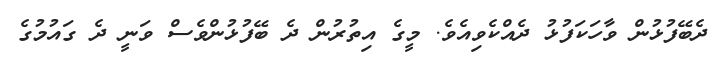
ދެބޭފުޅުން ވާހަކަފުޅު ދެއްކެވިއެވެ. މީގެ އިތުރުން ދެ ބޭފުޅުންވެސް ވަނީ ދެ ގައުމުގެ